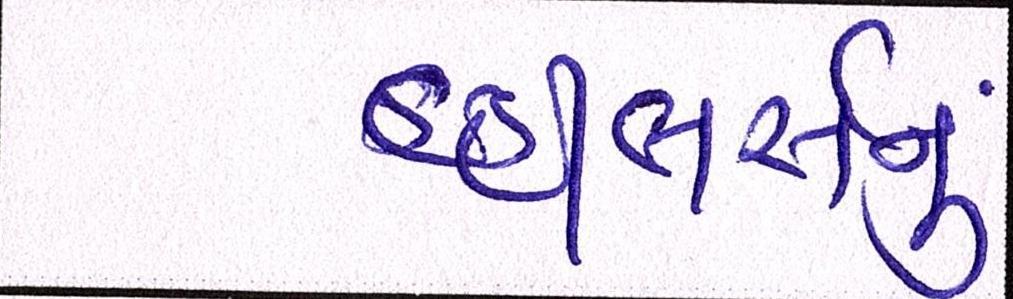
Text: વ્હીલર્સનું